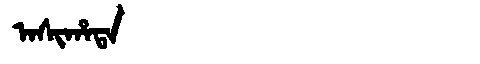
Manchu: ᠠᠰᡳᡥᠠᡨᠠ
Romanization: ASIHATA